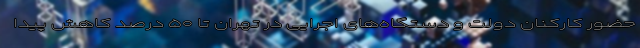
حضور کارکنان دولت و دستگاه‌های اجرایی در تهران تا ۵۰ درصد کاهش پیدا